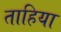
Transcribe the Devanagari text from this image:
ताहिया